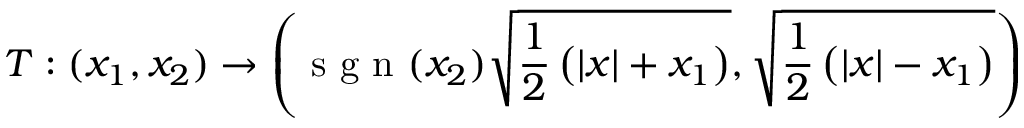
T : ( x _ { 1 } , x _ { 2 } ) \rightarrow \left( \textrm { s g n } ( x _ { 2 } ) \sqrt { \frac { 1 } { 2 } \left( | x | + x _ { 1 } \right) } , \sqrt { \frac { 1 } { 2 } \left( | x | - x _ { 1 } \right) } \right)